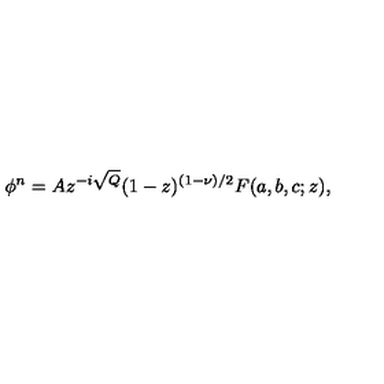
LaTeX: \phi ^ { n } = A z ^ { - i \sqrt { Q } } ( 1 - z ) ^ { ( 1 - \nu ) / 2 } F ( a , b , c ; z ) ,